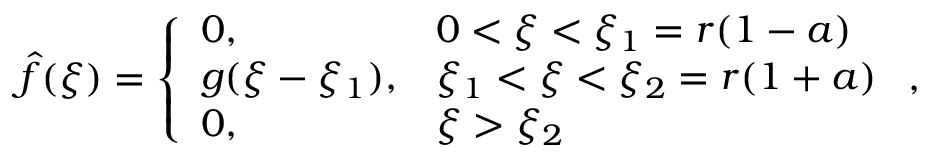
\hat { f } ( \xi ) = \left\{ \begin{array} { l l } { 0 , } & { 0 < \xi < \xi _ { 1 } = r ( 1 - a ) } \\ { g ( \xi - \xi _ { 1 } ) , } & { \xi _ { 1 } < \xi < \xi _ { 2 } = r ( 1 + a ) } \\ { 0 , } & { \xi > \xi _ { 2 } } \end{array} \right. ,